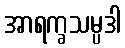
အာရက္ခသမ္ပဒါ